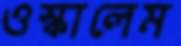
ওস্‌কালেম